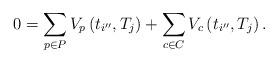
LaTeX: \begin{align*}0=\sum_{p\in P}V_{p}\left(t_{i''},T_{j}\right)+\sum_{c\in C}V_{c}\left(t_{i''},T_{j}\right).\end{align*}